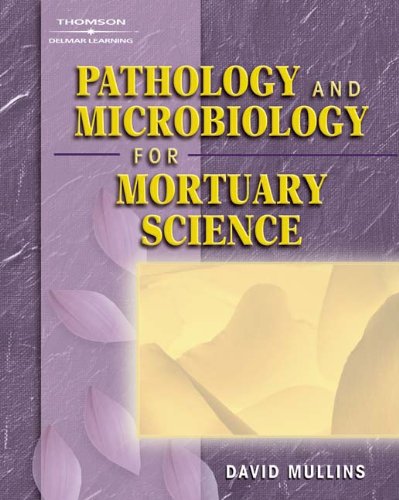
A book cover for Pathology and Microbiology for Mortuary Science; David F. Mullins; Medical Books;